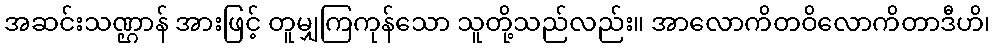
အဆင်းသဏ္ဌာန် အားဖြင့် တူမျှကြကုန်သော သူတို့သည်လည်း။ အာလောကိတဝိလောကိတာဒီဟိ၊